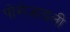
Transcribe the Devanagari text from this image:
पोरोज़ाइली